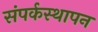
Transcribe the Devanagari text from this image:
संपर्कस्थापन